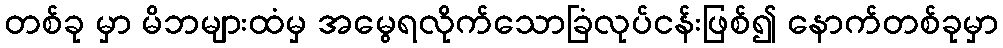
တစ်ခု မှာ မိဘများထံမှ အမွေရလိုက်သောခြံလုပ်ငန်းဖြစ်၍ နောက်တစ်ခုမှာ